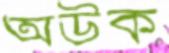
অউক